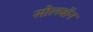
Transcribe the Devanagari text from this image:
सोलबॉन